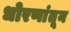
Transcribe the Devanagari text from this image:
धोरणांतून